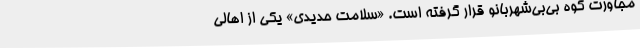
مجاورت کوه بی‌بی‌شهربانو قرار گرفته است. «سلامت حدیدی» یکی از اهالی